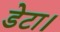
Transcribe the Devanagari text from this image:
डेटा।